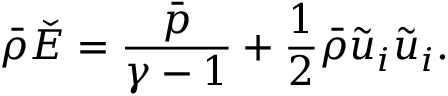
\bar { \rho } \check { E } = \frac { \bar { p } } { \gamma - 1 } + \frac { 1 } { 2 } \bar { \rho } \tilde { u } _ { i } \tilde { u } _ { i } .